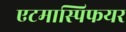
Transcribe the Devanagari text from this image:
एटमास्पिफयर